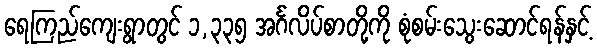
ရေကြည်ကျေးရွာတွင် ၁,၃၃၅ အင်္ဂလိပ်စာတို့ကို စုံစမ်းသွေးဆောင်ရန်နှင့်